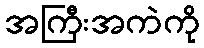
အကြီးအကဲကို